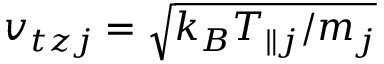
v _ { t z j } = \sqrt { k _ { B } T _ { \parallel j } / m _ { j } }